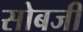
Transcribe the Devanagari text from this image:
सोबजी